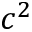
c ^ { 2 }